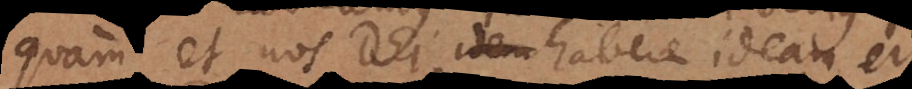
quam et nos Dei habere ideam, et